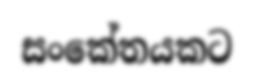
සංකේතයකට